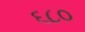
૬૮૦